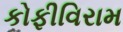
કોફીવિરામ